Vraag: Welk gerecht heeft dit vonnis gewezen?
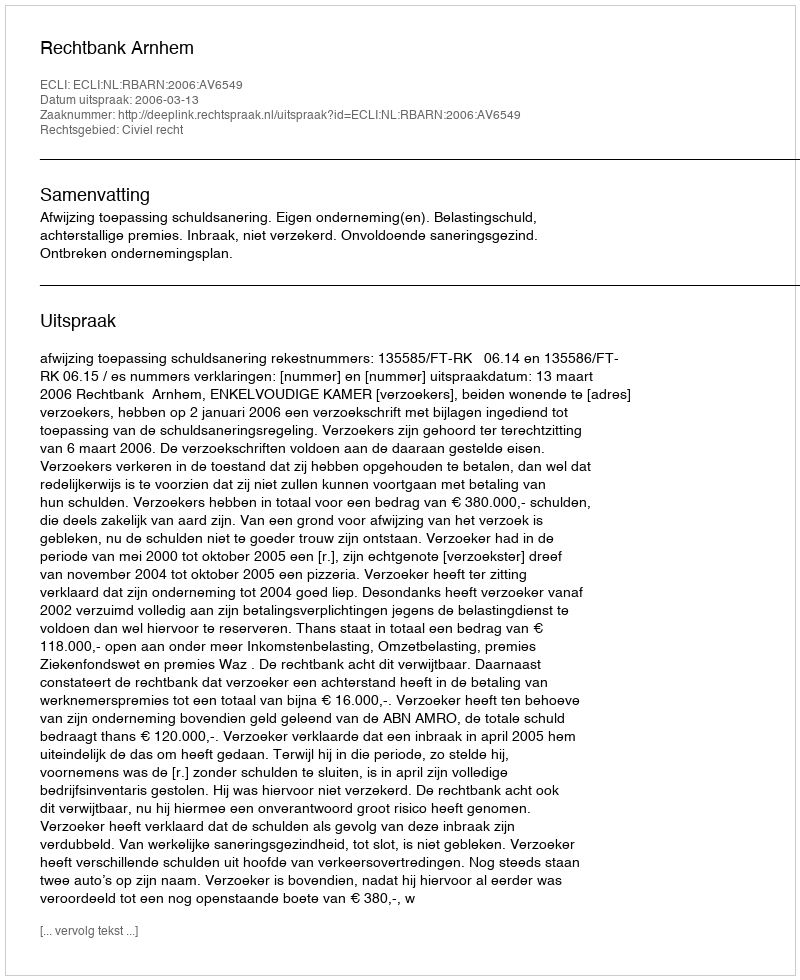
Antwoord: Rechtbank Arnhem